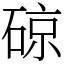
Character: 䃄